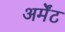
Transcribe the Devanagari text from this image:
अर्मेंट